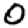
Digit: 0